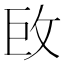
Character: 𢼑